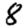
Digit: 8